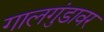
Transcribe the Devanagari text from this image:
गालगुंडावर